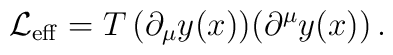
{\cal L}_{\rm eff} =  T\, (\partial_{\mu}y(x) )(\partial^{\mu}y(x) )\,.